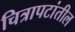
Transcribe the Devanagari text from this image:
चित्रापटांतील